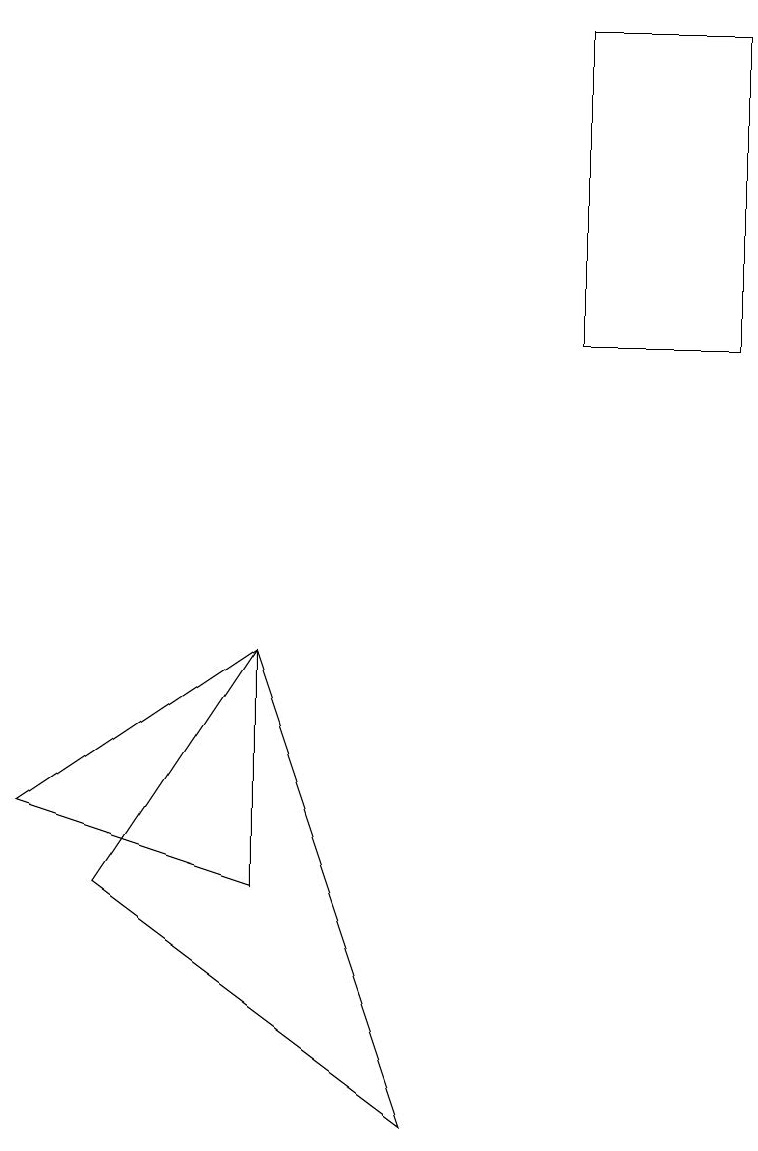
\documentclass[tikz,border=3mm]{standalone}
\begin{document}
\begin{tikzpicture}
\draw (3,9) -- (0,7) -- (3,6) -- cycle;
\draw (3,9) -- (1,6) -- (5,3) -- cycle;
\draw (9,13) rectangle (7,17);
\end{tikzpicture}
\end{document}